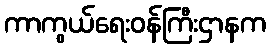
ကာကွယ်ရေးဝန်ကြီးဌာနက